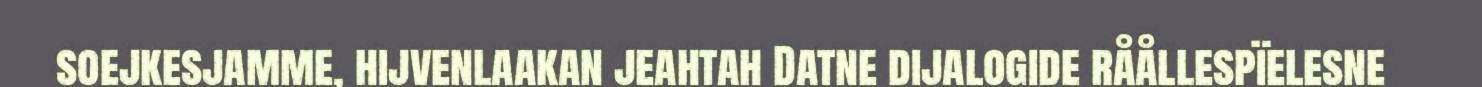
soejkesjamme, hijvenlaakan jeahtah Datne dijalogide råållespïelesne